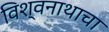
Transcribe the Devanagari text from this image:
विश्वनाथाचा